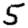
Digit: 5